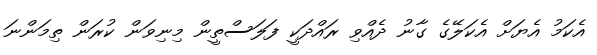
އެކަމު އެޔަށް އެކަލޭގެ ގާނު ދެއްވި ރައްދަކީ ފަލަސްތީން މިނިވަން ކުރަން ތިމަންނަ